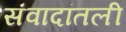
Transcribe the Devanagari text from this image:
संवादांतली